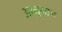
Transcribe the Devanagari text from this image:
आयुमान